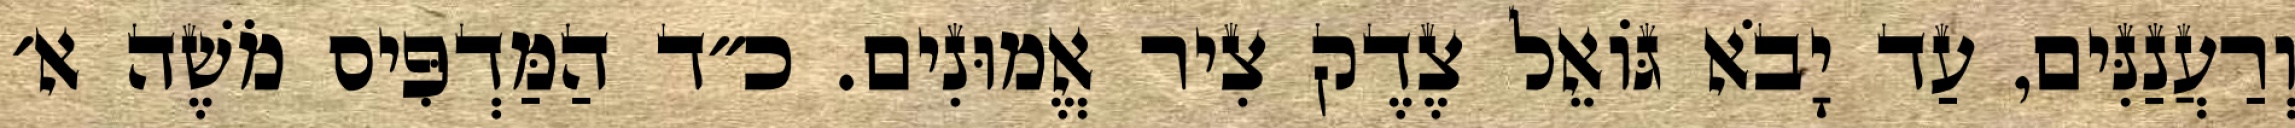
וְרַעֲנַנִּים, עַד יָבֹא גּוֹאֵל צֶדֶק צִיר אֱמוּנִים. כ״ד הַמַּדְפִּיס מֹשֶׁה א׳